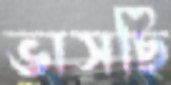
ভাসছি